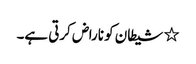
٭ شیطان کو ناراض کرتی ہے۔